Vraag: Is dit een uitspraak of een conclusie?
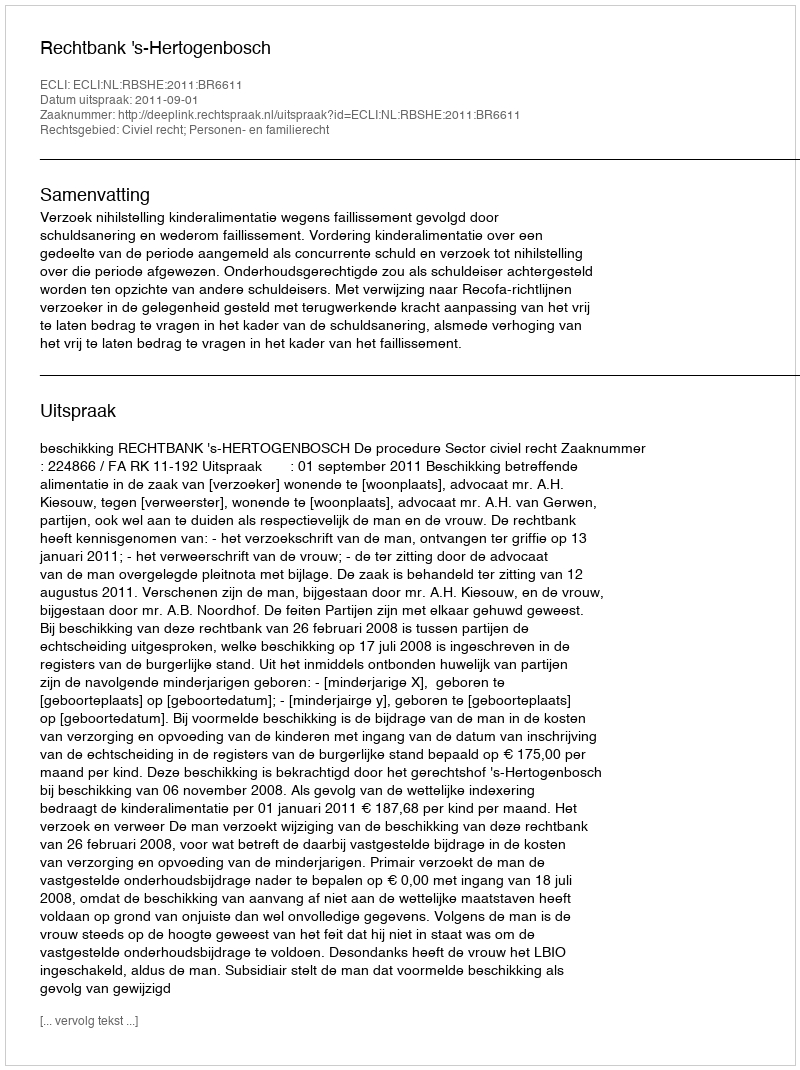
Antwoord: Uitspraak